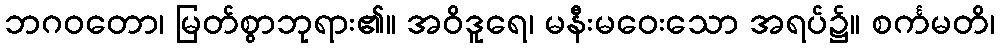
ဘဂဝတော၊ မြတ်စွာဘုရား၏။ အဝိဒူရေ၊ မနီးမဝေးသော အရပ်၌။ စင်္ကမတိ၊